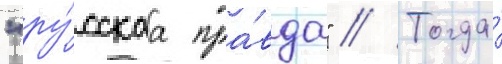
"ру́сскаа пра́вда" // Тогда́